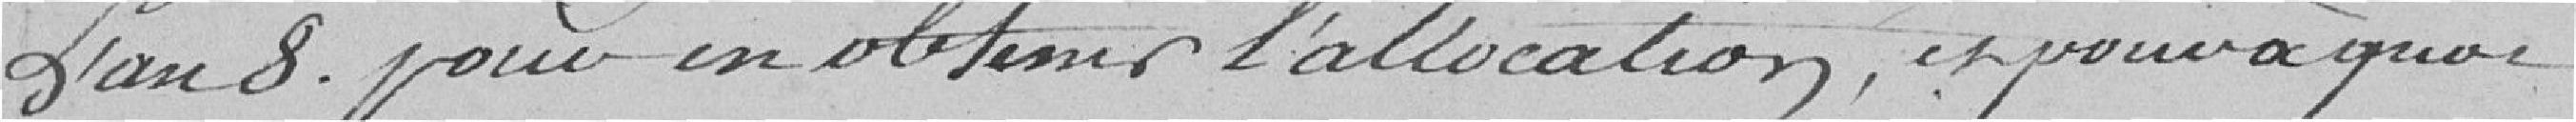
l'an 8 pour en obtenir l'allocation, et pour à quoi